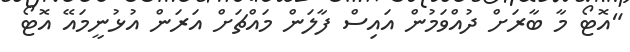
"އޮޓޯ މާ ބާރަށް ދުއްވަމުން އައިސް ފާލަން މައްޗަށް އަރަން އުޅުނީމައޭ އޮޓޯ